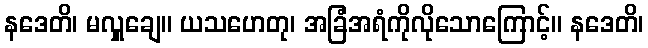
နဒေတိ၊ မလှူချေ။ ယသဟေတု၊ အခြံအရံကိုလိုသောကြောင့်။ နဒေတိ၊